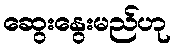
ဆွေးနွေးမည်ဟု